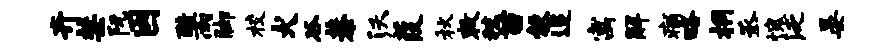
卉禁阮因酷雨脚校犬谷恭沃葭秋敕秣苗彀追寓解痛略桐丞愧泛晏